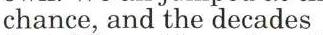
chance, and the decades